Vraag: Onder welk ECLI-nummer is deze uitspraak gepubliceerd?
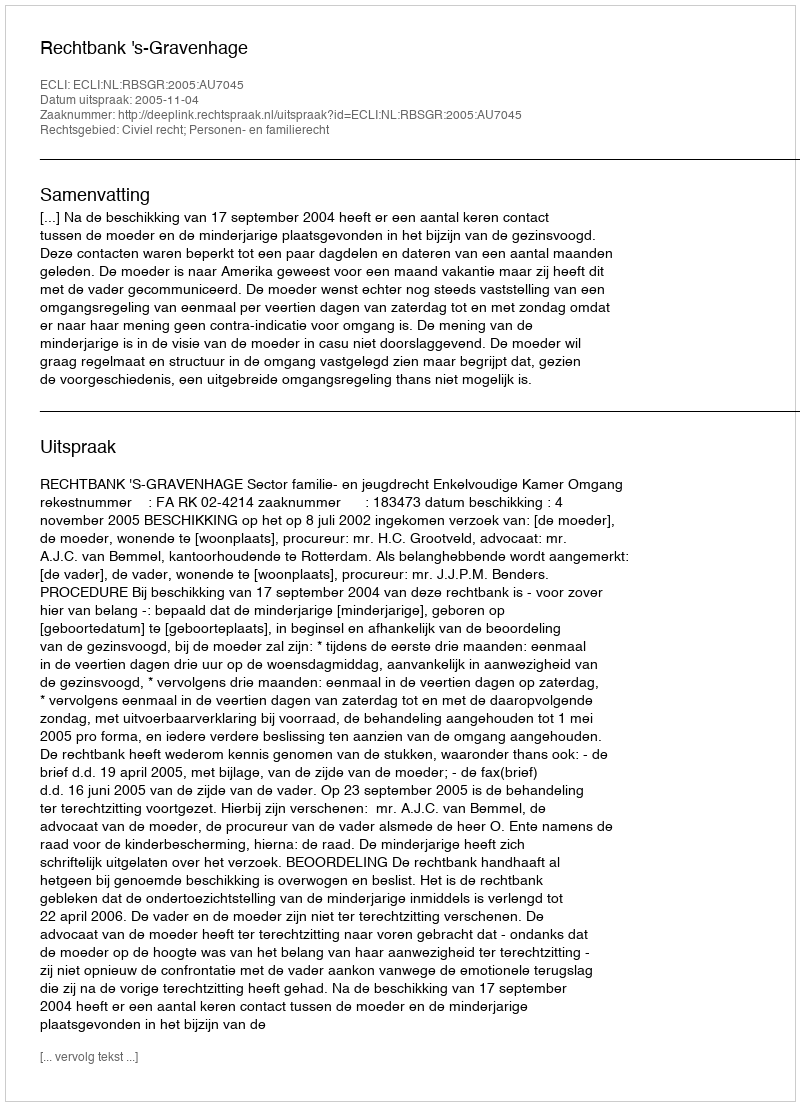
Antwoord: ECLI:NL:RBSGR:2005:AU7045